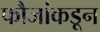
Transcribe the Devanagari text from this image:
फौजांकडून